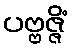
ပဗ္ဗဇ္ဇိံ